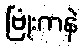
ဗြုံးကနဲ